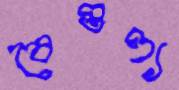
বৈগুণ্য